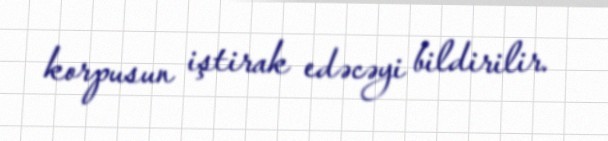
korpusun iştirak edəcəyi bildirilir.